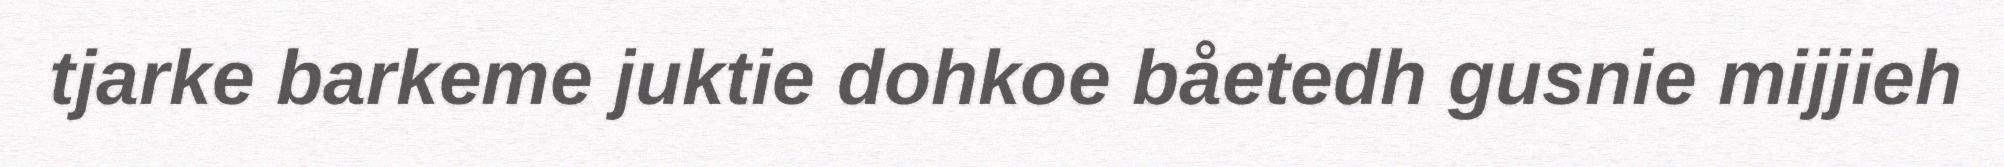
tjarke barkeme juktie dohkoe båetedh gusnie mijjieh